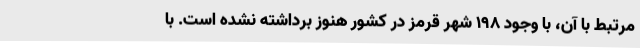
مرتبط با آن، با وجود ۱۹۸ شهر قرمز در کشور هنوز برداشته نشده است. با